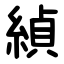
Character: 緽